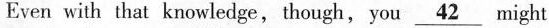
Even with that knowledge,though,you \underline{42} might